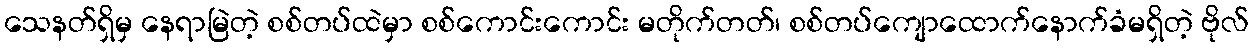
သေနတ်ရှိမှ နေရာမြဲတဲ့ စစ်တပ်ထဲမှာ စစ်ကောင်းကောင်း မတိုက်တတ်၊ စစ်တပ်ကျောထောက်နောက်ခံမရှိတဲ့ ဗိုလ်